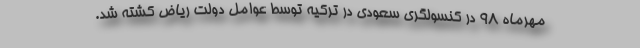
مهرماه ۹۸ در کنسولگری سعودی در ترکیه توسط عوامل دولت ریاض کشته شد.